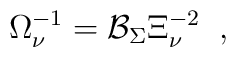
\Omega _\nu ^{-1}=\mathcal{B}_\Sigma \Xi _\nu ^{-2}\;\;,\;\;